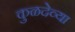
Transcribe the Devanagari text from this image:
कुळदेव्या